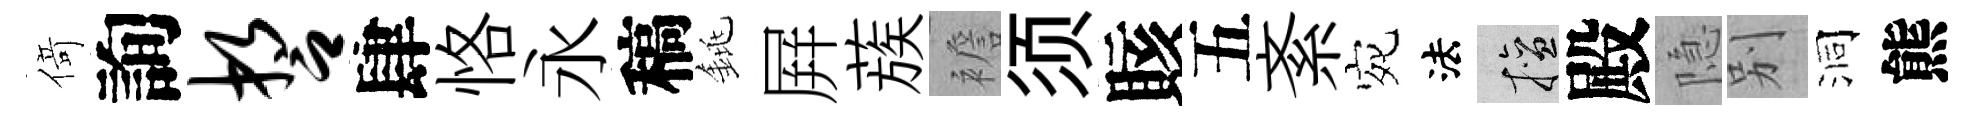
𠋣詢誓肆恪永稿銚屛蔟襜须賅五紊宛法擅殿隐别洞熊